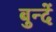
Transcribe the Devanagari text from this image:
बुन्दें